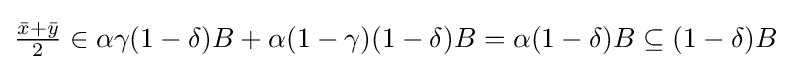
{\textstyle {\frac {{\bar {x}}+{\bar {y}}}{2}}\in \alpha \gamma (1-\delta )B+\alpha (1-\gamma )(1-\delta )B=\alpha (1-\delta )B\subseteq (1-\delta )B}